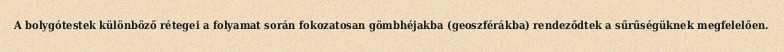
A bolygótestek különböző rétegei a folyamat során fokozatosan gömbhéjakba (geoszférákba) rendeződtek a sűrűségüknek megfelelően.